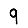
Digit: 9